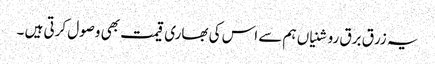
یہ زرق برق روشنیاں ہم سے اس کی بھاری قیمت بھی وصول کرتی ہیں ۔